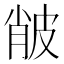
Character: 𤿨